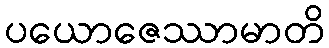
ပယောဇေဿာမာတိ